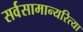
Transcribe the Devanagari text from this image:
सर्वसामान्यरित्या